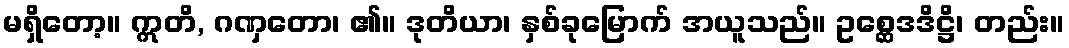
မရှိတော့။ ဣတိ, ဂဏှတော၊ ၏။ ဒုတိယာ၊ နှစ်ခုမြောက် အယူသည်။ ဥစ္ဆေဒဒိဋ္ဌိ၊ တည်း။